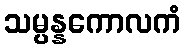
သမ္ပန္နကောလကံ